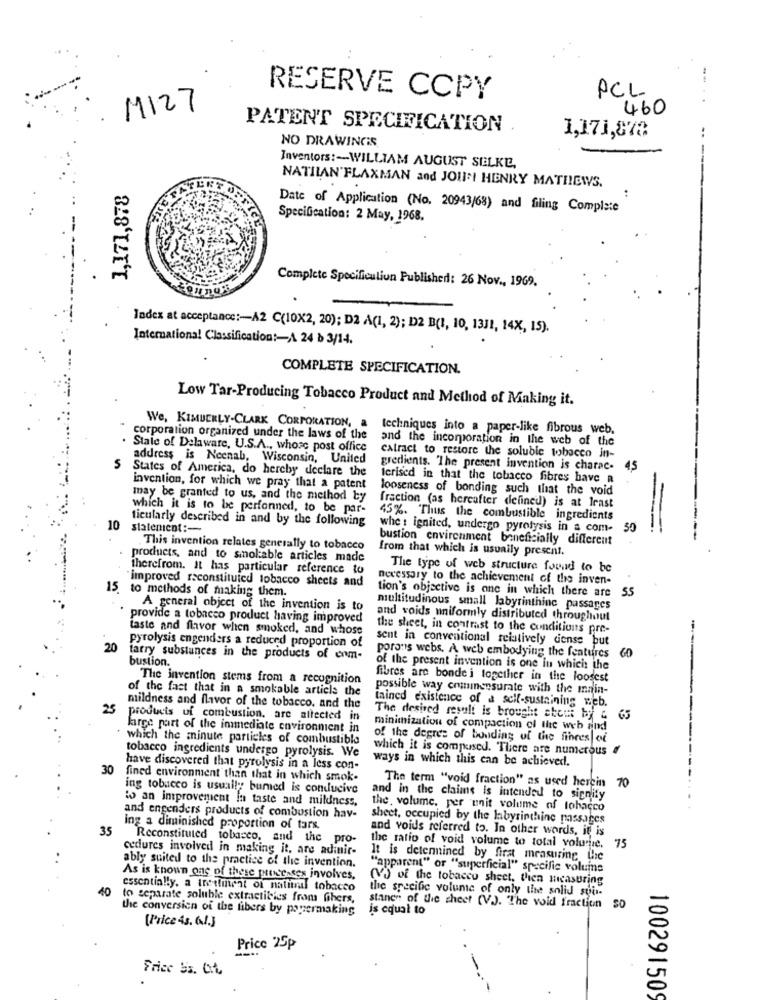
RESERVE CCPY
PCL
M127
460
PATENT SPECIFICATION
..
NO DRAWINGS
1,171,878
Inventors :- WILLIAM AUGUST SELKE,
NATILAN'FLAXMAN and JOINI HENRY MATHEWS.
1,171,878
Date of Application (No. 20943/68) and filing Complete
Specification: 2 May, 1968.
Complete Specificuliun Published: 26 Nov ., 1969.
Jadex at acceptance :- A2 C(10X2, 20); D2 A(1, 2); D2 B(1, 10, 1311, 14X, 15).
International Classification :- 24 b 3/14.
COMPLETE SPECIFICATION.
Low Tar-Producing Tobacco Product and Method of Making it.
We, KIMBERLY-CLARK CORPORATION, a
techniques into a paper-like fibrous web.
corporation organized under the laws of the
and the incorporation in the web of the
State of Delaware, U.S.A ., whose post office
address is Neenab, Wisconsin, United
catract to restore the soluble tobacco in-
States of America, do hereby declare the
gredients. "The present invention is charac-
45
terised in that the tobacco fibres have a
invention, for which we pray that a patent
looseness of bonding such that the void
may be granted to us, and the method by
which it is to be perfonned, to be par-
fraction (as hereafter defined) is at least
ticularly described in and by the following
45%. Thus the combustible ingredients
10
slatenicot :-
whe : ignited, undergo pyrolysis in a com-
30
bustion environment beneficially different
This invention relates generally to tobacco
from that which is usually present.
products, and to smol:able articles made
therefrom. It has particular reference to
The type of web structure forad to be
necessary to the achievement of the inven-
15. to methods of making them.
"improved reconstituied tobacco sheets and
tion's objective is one in which there are 55
A general object of the invention is to
multitudinous small labyrinthinc passages
provide a tobacco product having improved
and voids uniformly distributed throughout
taste and flavor when smoked, and whose
the sheet, in contrast to the conditions pre-
pyrolysis engenders a reduced proportion of
sent in conventional relatively dense but
20
tarry substances in the products of enm-
bustion.
porons webs. A web embodying the features
of the present invention is one in which the
The invention stems from a recognition
fibres are bonde i together in the loosest
of the fact that in a smokable article the
possible way comingnsurate with the main-
tained existence of a self-sustaining web.
25
mildness and flavor of the tobacco. and the
products uf combustion, are altected in
The desired result is brought about by &
large part of the immediate environment in
minimization of compaction of the web and
which the minute particles of combustible
of the degree of bonding of the fibres oi
tobacco ingredients undergo pyrolysis. We
which it is comprised. There are numerous
ways in which this can be achieved.
30
have discovered that pyrolysis in a less con-
fined environment than that in which smok.
ing tobacco is usually bumed is conducive
The term "void fraction" as used herein 70
to an improvement in taste and mildness.
and in the claims Is intended to signify
the, volume, per unit volume of tobacco
and engenders products of combustion hav-
sheet, occupied by the labyrinthine passages
35
ing a diminished proportion of tars.
and voids referred to. In other words, it is
Reconstituted tobacco, and the pro-
cedures involved in making it, are adinir-
the ratio of void volume to total volume.
75
It is determined by first measuring Lie
ably suited to the practice of the invention.
"apparent" or "superficial" specific volume
As is known one of these processes involves,
(V) of the tobacco sheet. then measuring
40
essentially, a treatment of natimil tobacco
the specific volume of only the solid suis-
to separate soluble extractities from fibers,
the conversion of the fibers by popermaking
is equal to
stanen of the sheet (V). The void fraction SO
[Price 43. 6.J.J
Price 25p
Frice 53. C.L
100291509